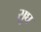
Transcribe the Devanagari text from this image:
सुघ